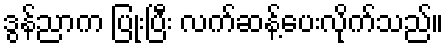
ဒွန်ညာက ပြုံးပြီး လက်ဆန့်ပေးလိုက်သည်။